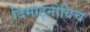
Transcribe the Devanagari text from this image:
दिमाइनोविच